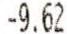
-9.62